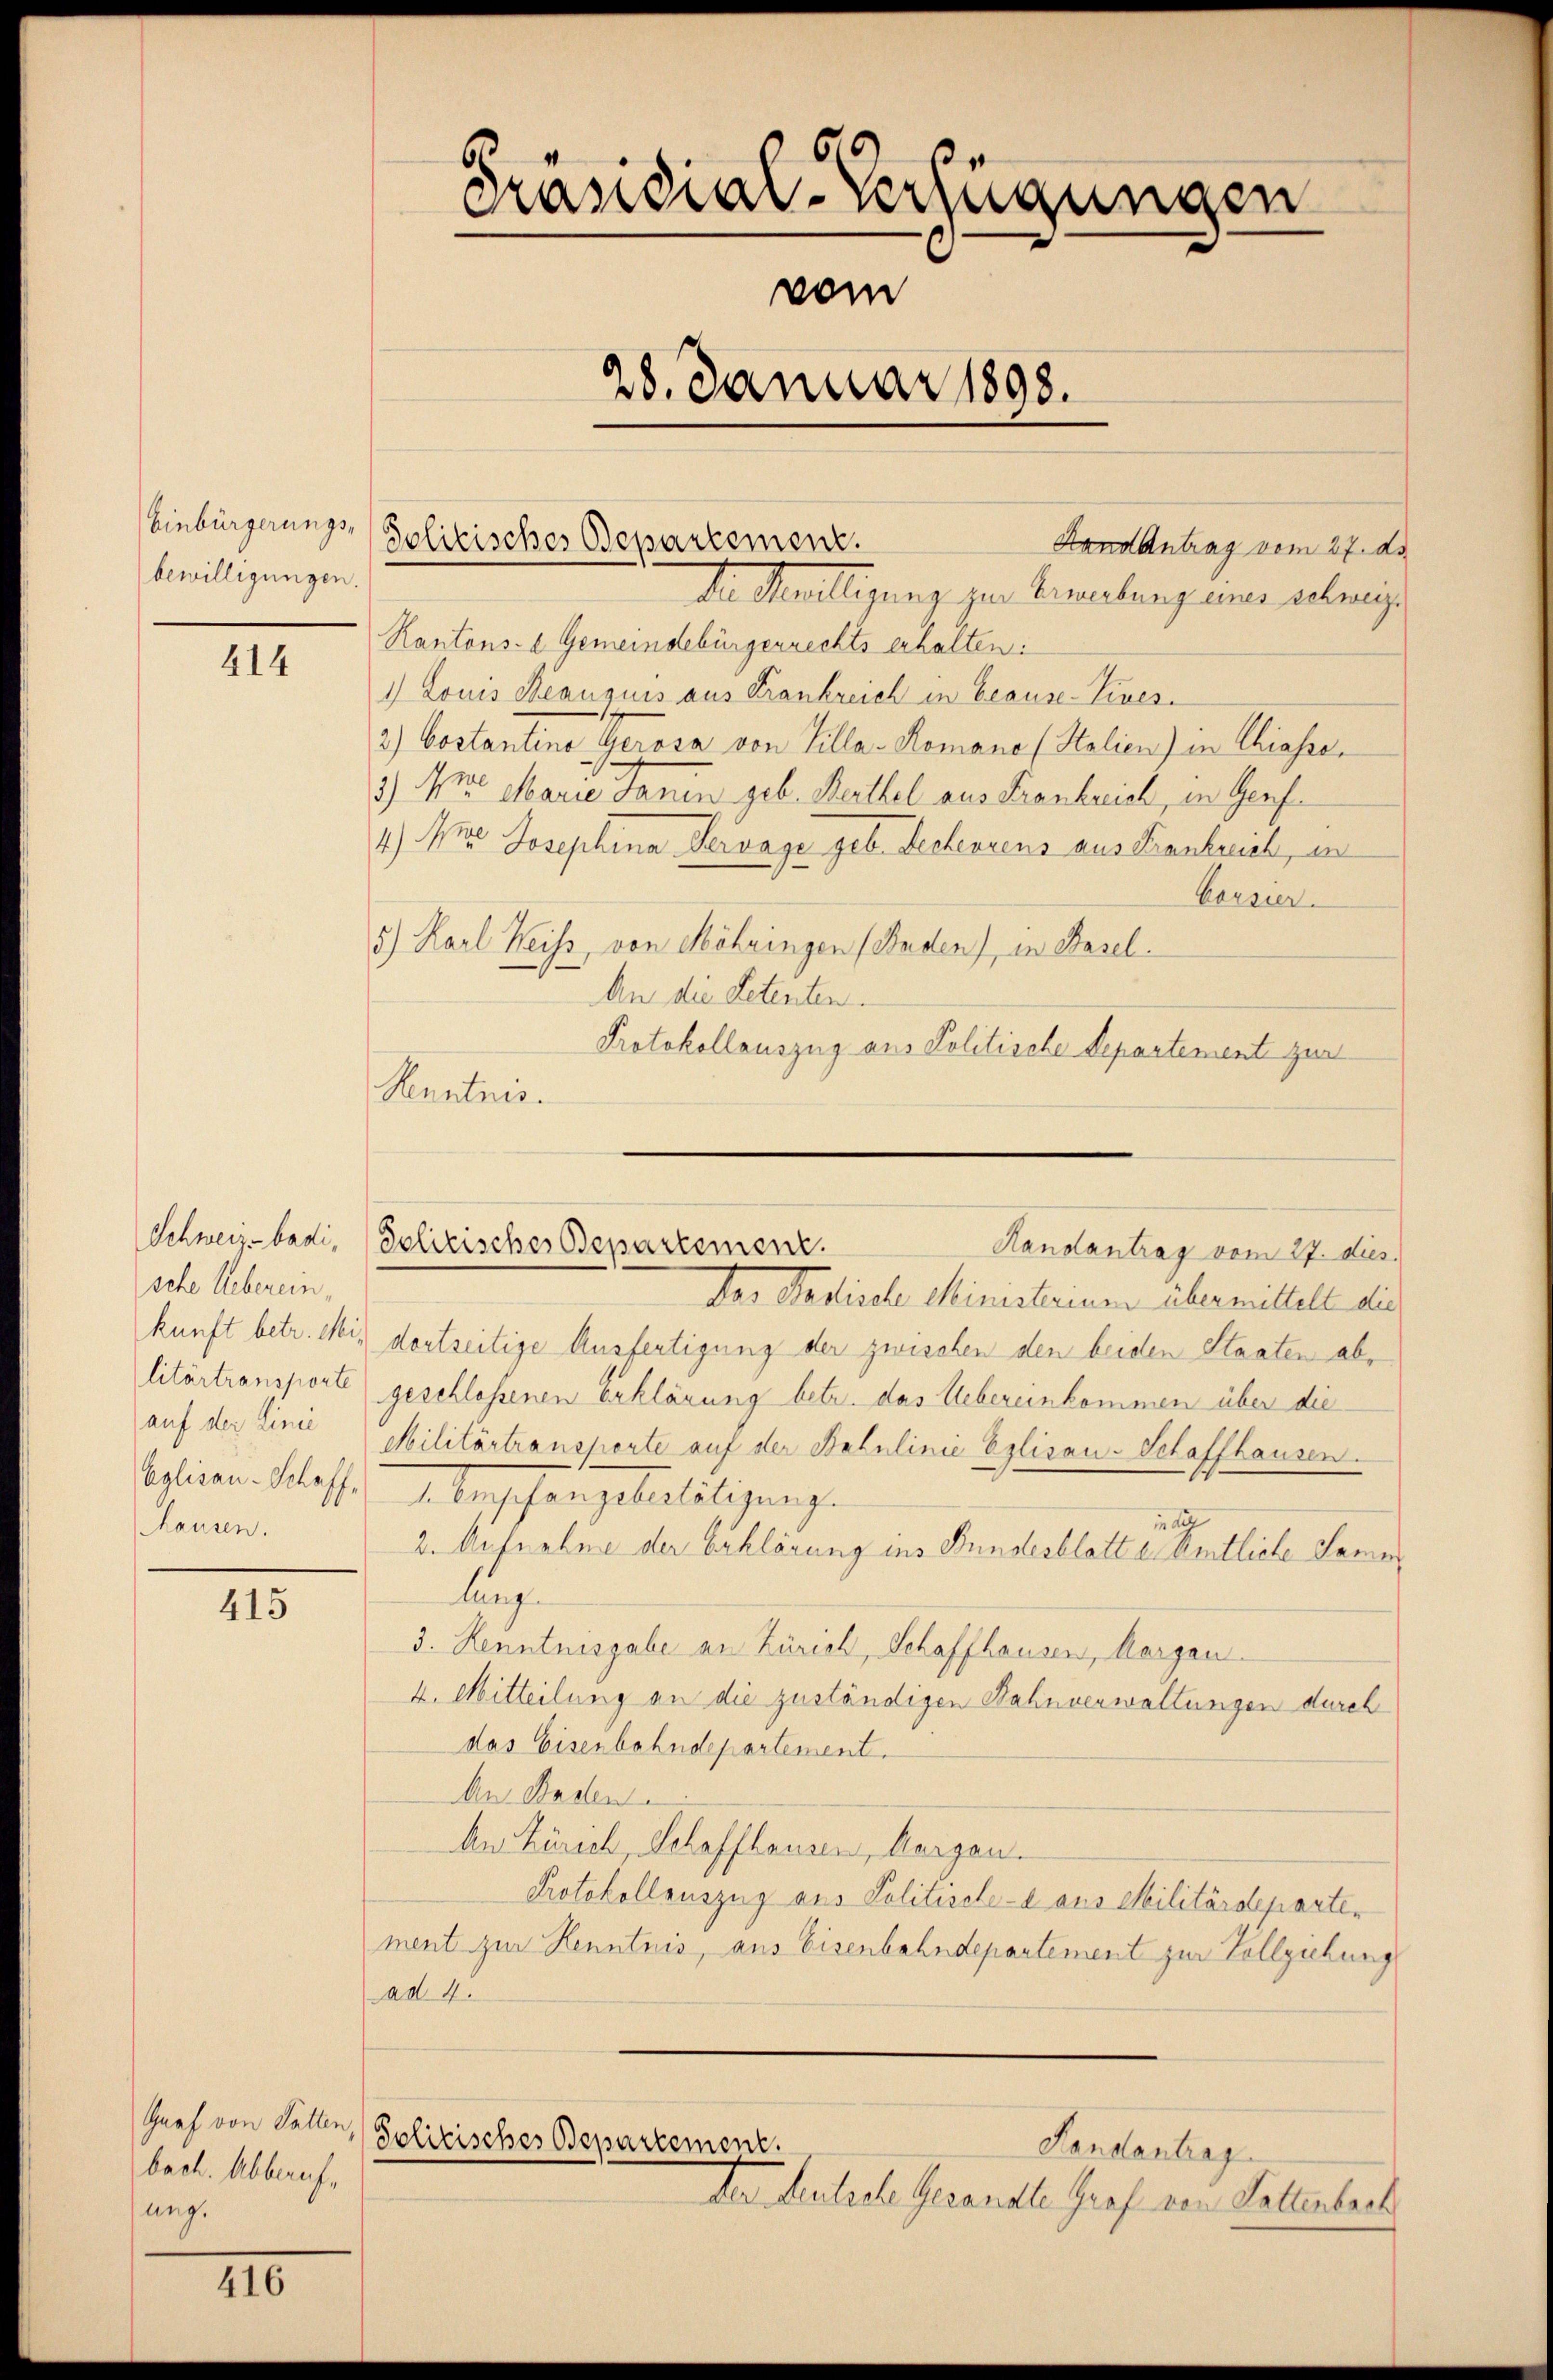
Einbürgerungs-
bewilligungen.

414

sche Ueberein,
litärtransporte
auf der Linie
Eglisau-Schaff,
Hhausen.

415

Graf von Satten,
bach. Abberechung.

III.

Dr Meilligung zur Erwerbung einer schweig
Rantons- 2 Gemeindebürgerrechts erhalten:
1) Louis Beausuis aus Frankreich in beause-Vives¬
2.) Costantino Gerosa von Villa-Komano (Stalien) in Chiasse,
3) Art. Marie Janin geb. Berthel aus Frankreich, in Genf
4.) Aus Josephina Servage geb. Decherrens aus Frankreich, in
Vorsia.
5.) Karl Heiss, von Möhringen (Baden), in Basel.
An die Petenten.
Protokollauszug aus Politische Departement zur
Kenntnis.
Der Stadische Ministerium übermittelt die
kunft betr. Mir dortseitige Ausfertigung der zwischen den beiden Staaten abgeschlossenen Erklärung betr. das Uebereinkommen über die
Militärtransporte auf der Baulinie Eglisau-Schaffhausen.
Übergschangebietätigung
inder
2. Aufnahme der Erklärung ins Bundesblatt e. Amtliche Samen
lungen
3. Kenntnisgabe an Zürich, Schaffhausen, Margau.
4. Mitteilung an die zuständigen Bahnverwaltungen durch
das Eisenbahndepartement.
An Baden
An Zürich, Schaffhausen, Margau.
Protokollauszug aus Politische-a aus Militärdepartement zur Kenntnis, aus Eisenbahndepartement zur Vollziehung
ad. 4.
Solitisches Departement.
Handantrag
Der Leutsche Gesandte Graf von Sollenbeck

Präsidial-Verfügungen
vom
28. Januar 1898.

Solitisches Departement.
Hand Antrag vom 27. de

Schweiz badi, Polizisches Departement.
Randantrag vom 27. dies